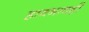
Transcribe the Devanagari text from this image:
हावभावही